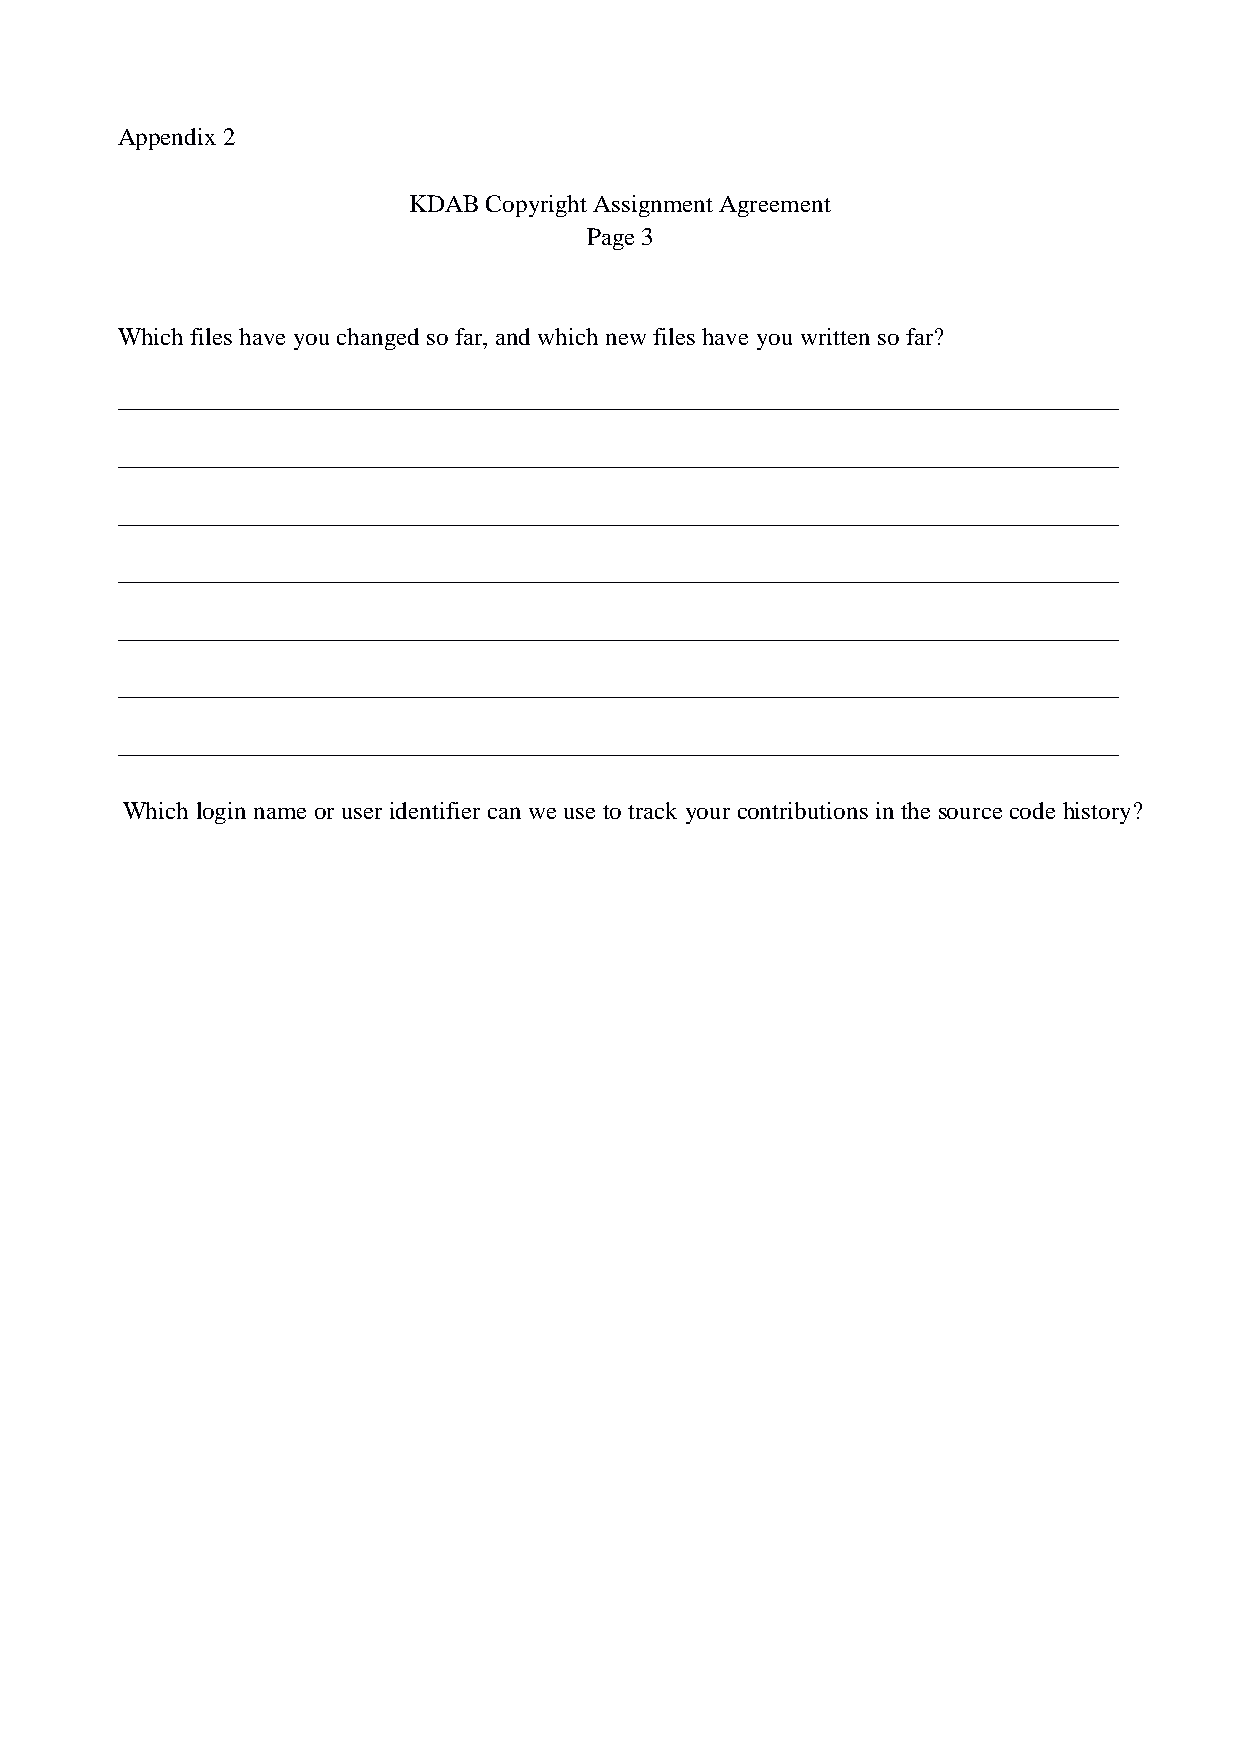
Appendix 2
 KDAB Copyright Assignment Agreement
 Page 3
 Which files have you changed so far, and which new files have you written so far?
 ________________________________________________________________________________
 ________________________________________________________________________________
 ________________________________________________________________________________
 ________________________________________________________________________________
 ________________________________________________________________________________
 ________________________________________________________________________________
 ________________________________________________________________________________